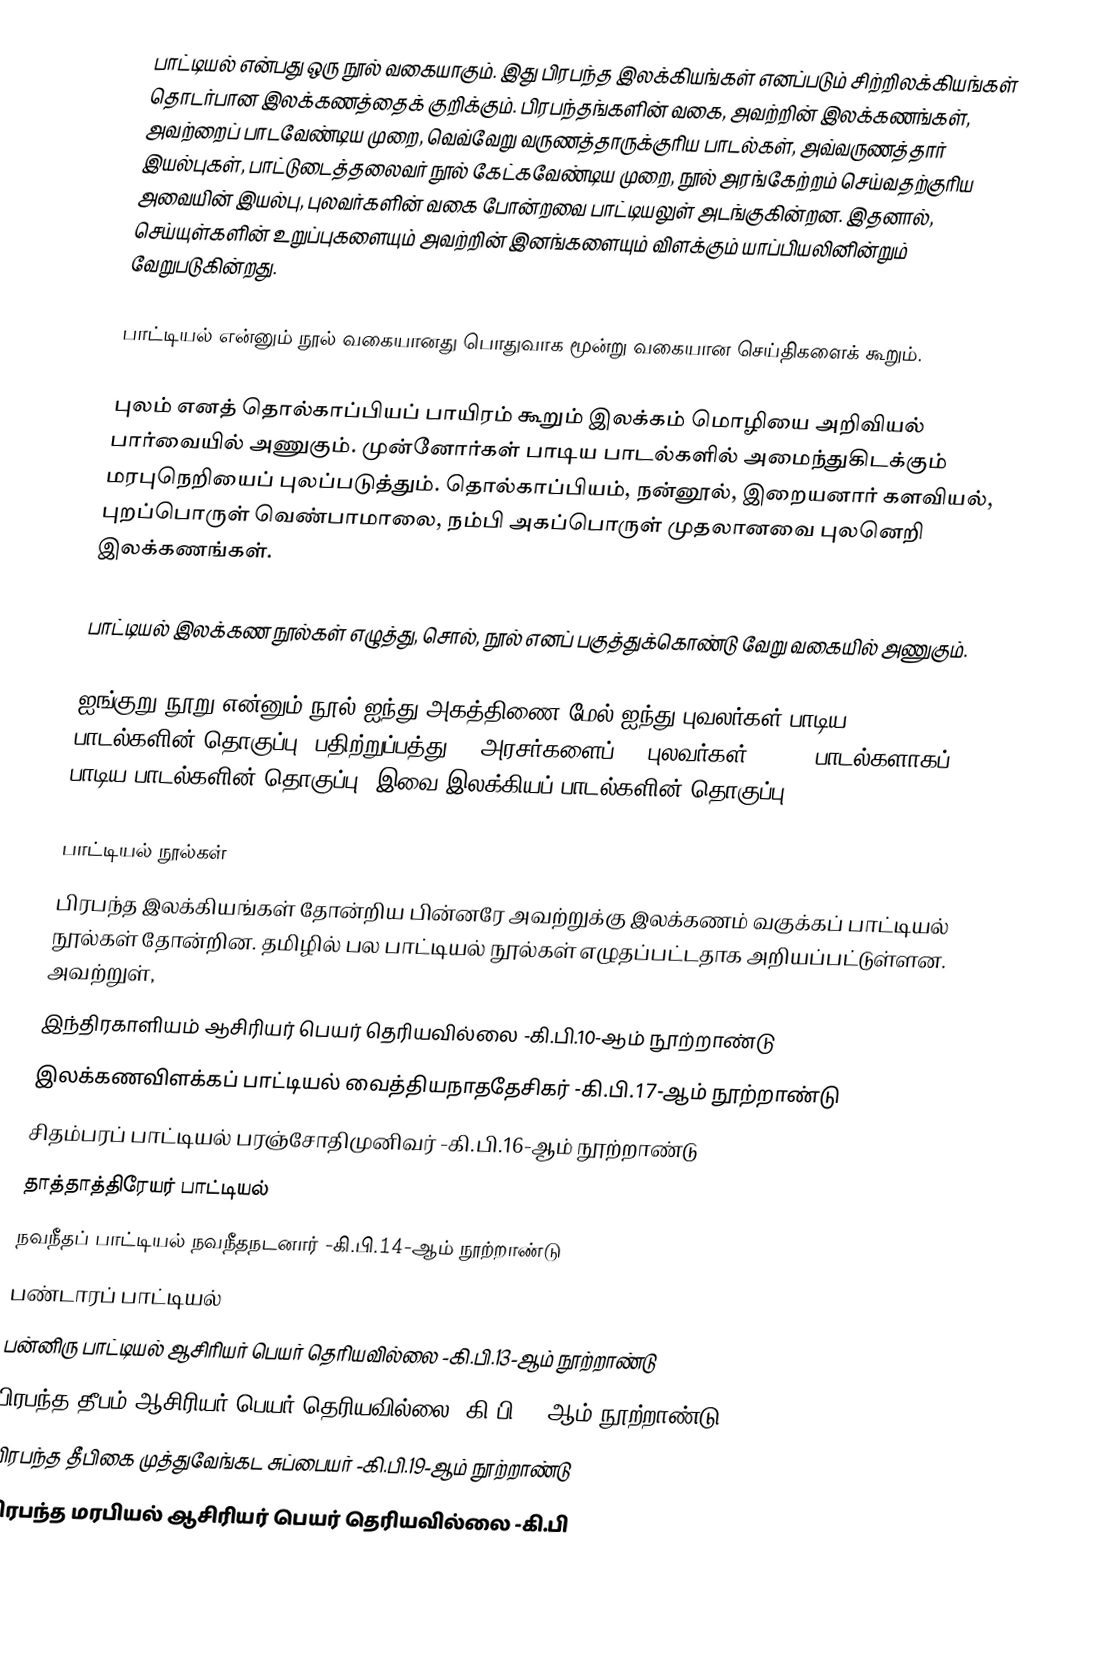
பாட்டியல் என்பது ஒரு நூல் வகையாகும். இது பிரபந்த இலக்கியங்கள் எனப்படும் சிற்றிலக்கியங்கள் தொடர்பான இலக்கணத்தைக் குறிக்கும். பிரபந்தங்களின் வகை, அவற்றின் இலக்கணங்கள், அவற்றைப் பாடவேண்டிய முறை, வெவ்வேறு வருணத்தாருக்குரிய பாடல்கள், அவ்வருணத்தார் இயல்புகள், பாட்டுடைத்தலைவர் நூல் கேட்கவேண்டிய முறை, நூல் அரங்கேற்றம் செய்வதற்குரிய அவையின் இயல்பு, புலவர்களின் வகை போன்றவை பாட்டியலுள் அடங்குகின்றன. இதனால், செய்யுள்களின் உறுப்புகளையும் அவற்றின் இனங்களையும் விளக்கும் யாப்பியலினின்றும் வேறுபடுகின்றது.

பாட்டியல் என்னும் நூல் வகையானது பொதுவாக மூன்று வகையான செய்திகளைக் கூறும்.

புலம் எனத் தொல்காப்பியப் பாயிரம் கூறும் இலக்கம் மொழியை அறிவியல் பார்வையில் அணுகும். முன்னோர்கள் பாடிய பாடல்களில் அமைந்துகிடக்கும் மரபுநெறியைப் புலப்படுத்தும். தொல்காப்பியம், நன்னூல், இறையனார் களவியல், புறப்பொருள் வெண்பாமாலை, நம்பி அகப்பொருள் முதலானவை புலனெறி இலக்கணங்கள்.

பாட்டியல் இலக்கண நூல்கள் எழுத்து, சொல், நூல் எனப் பகுத்துக்கொண்டு வேறு வகையில் அணுகும்.

ஐங்குறு நூறு என்னும் நூல் ஐந்து அகத்திணை மேல் ஐந்து புவலர்கள் பாடிய பாடல்களின் தொகுப்பு. பதிற்றுப்பத்து 10 அரசர்களைப் 10 புலவர்கள் 10, 10 பாடல்களாகப் பாடிய பாடல்களின் தொகுப்பு. இவை இலக்கியப் பாடல்களின் தொகுப்பு.

பாட்டியல் நூல்கள்
பிரபந்த இலக்கியங்கள் தோன்றிய பின்னரே அவற்றுக்கு இலக்கணம் வகுக்கப் பாட்டியல் நூல்கள் தோன்றின. தமிழில் பல பாட்டியல் நூல்கள் எழுதப்பட்டதாக அறியப்பட்டுள்ளன. அவற்றுள்,
 இந்திரகாளியம்             ஆசிரியர் பெயர் தெரியவில்லை  -கி.பி.10-ஆம் நூற்றாண்டு
 இலக்கணவிளக்கப் பாட்டியல் வைத்தியநாததேசிகர்           -கி.பி.17-ஆம் நூற்றாண்டு
 சிதம்பரப் பாட்டியல்         பரஞ்சோதிமுனிவர்            -கி.பி.16-ஆம் நூற்றாண்டு
 தாத்தாத்திரேயர் பாட்டியல்
 நவநீதப் பாட்டியல்          நவநீதநடனார்                 -கி.பி.14-ஆம் நூற்றாண்டு
 பண்டாரப் பாட்டியல்
 பன்னிரு பாட்டியல்          ஆசிரியர் பெயர் தெரியவில்லை -கி.பி.13-ஆம் நூற்றாண்டு
 பிரபந்த தீபம்               ஆசிரியர் பெயர் தெரியவில்லை -கி.பி.19-ஆம் நூற்றாண்டு
 பிரபந்த தீபிகை             முத்துவேங்கட சுப்பையர்       -கி.பி.19-ஆம் நூற்றாண்டு
 பிரபந்த மரபியல்            ஆசிரியர் பெயர் தெரியவில்லை -கி.பி